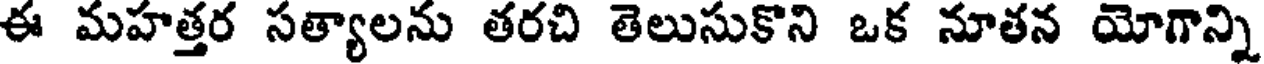
ఈ మహత్తర సత్యాలను తరచి తెలుసుకొని ఒక నూతన యోగాన్ని